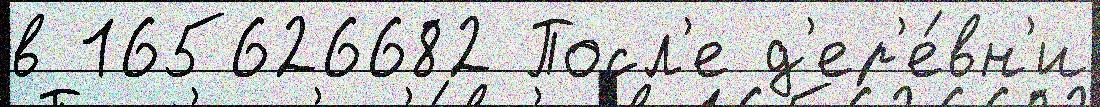
в 165626682 Посл'е д'ер'е́вн'и